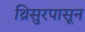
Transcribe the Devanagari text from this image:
थ्रिसुरपासून